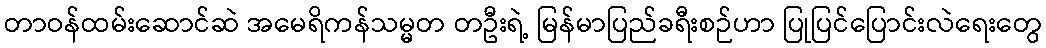
တာဝန်ထမ်းဆောင်ဆဲ အမေရိကန်သမ္မတ တဦးရဲ့ မြန်မာပြည်ခရီးစဉ်ဟာ ပြုပြင်ပြောင်းလဲရေးတွေ